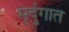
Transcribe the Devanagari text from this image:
मृदुंगात